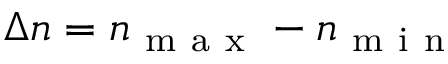
\Delta n = n _ { \mathrm { ~ m ~ a ~ x ~ } } - n _ { \mathrm { ~ m ~ i ~ n ~ } }